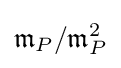
{\mathfrak {m}}_{P}/{\mathfrak {m}}_{P}^{2}